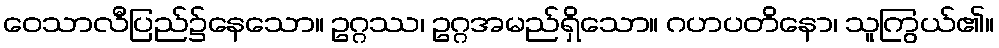
ဝေသာလီပြည်၌နေသော။ ဥဂ္ဂဿ၊ ဥဂ္ဂအမည်ရှိသော။ ဂဟပတိနော၊ သူကြွယ်၏။